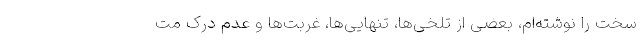
سخت را نوشته‌ام، بعضی از تلخی‌ها، تنهایی‌ها، غربت‌ها و عدم درک مت